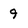
Character: 9